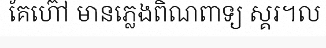
គែហ៊ៅ មានភ្លេងពិណពាទ្យ ស្គរ។ល